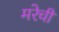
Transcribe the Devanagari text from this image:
मरेची